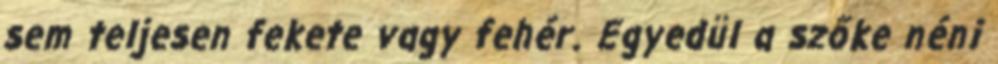
sem teljesen fekete vagy fehér. Egyedül a szőke néni